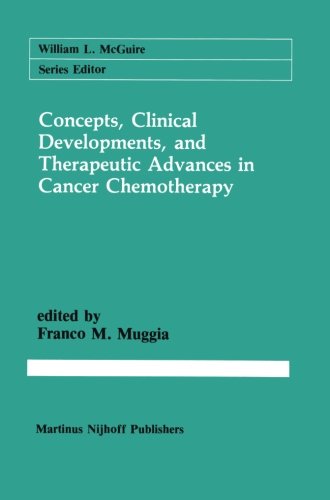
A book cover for Concepts, Clinical Developments, and Therapeutic Advances in Cancer Chemotherapy (Cancer Treatment and Research); Medical Books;